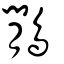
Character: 鷳